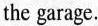
the garage.